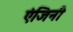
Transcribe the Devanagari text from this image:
एंजिनी